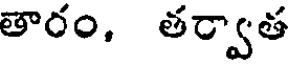
తారం, తర్వాత